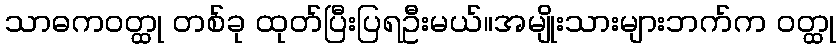
သာဓကဝတ္ထု တစ်ခု ထုတ်ပြီးပြရဦးမယ်။အမျိုးသားများဘက်က ဝတ္ထု